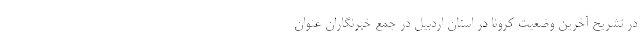
در تشریح آخرین وضعیت کرونا در استان اردبیل در جمع خبرنگاران عنوان